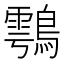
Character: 𪄮